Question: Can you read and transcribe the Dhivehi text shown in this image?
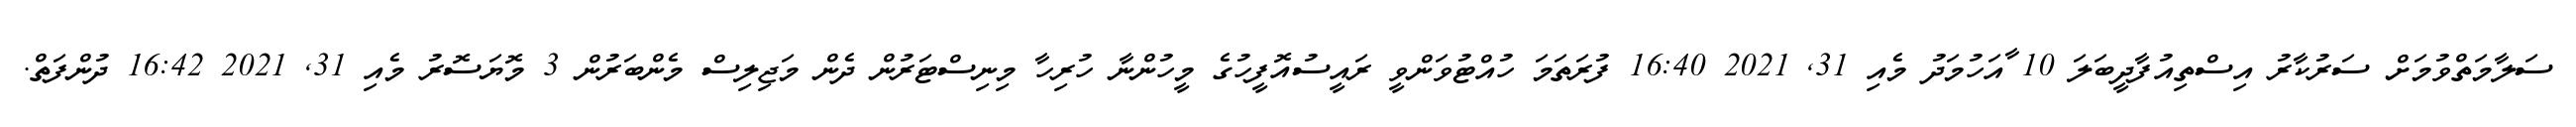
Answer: ސަލާމަތްވުމަށް ސަރުކާރު އިސްތިއުފާދީބަލަ 10 ާއަހުމަދު މެއި 31, 2021 16:40 ފުރަތަމަ ހުއްޓުވަންވީ ރައީސުއޮފީހުގެ މީހުންނާ ހުރިހާ މިނިސްޓަރުން ދެން މަޖިލިސް މެންބަރުން 3 މޮޔަސޮރު މެއި 31, 2021 16:42 ދުންފަތް.